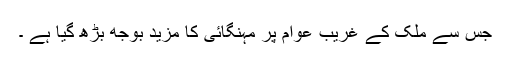
جس سے ملک کے غریب عوام پر مہنگائی کا مزید بوجھ بڑھ گیا ہے ۔